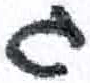
אות: ג